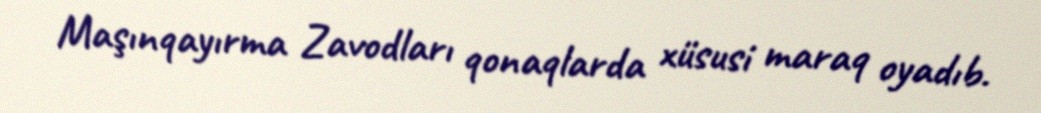
Maşınqayırma Zavodları qonaqlarda xüsusi maraq oyadıb.